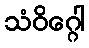
သံဝိဂ္ဂေါ